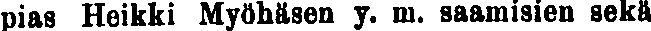
pias Heikki Myöhäsen y. m. saamisien sekä